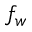
f _ { w }